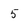
Character: 5